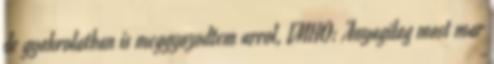
de gyakrolatban is meggyozodtem arrol, IMHO: Anyagilag most mar